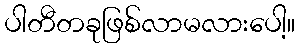
ပါတီတခုဖြစ်လာမလားပေါ့။